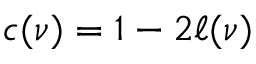
c ( \nu ) = 1 - 2 \ell ( \nu )